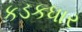
કડકધાર